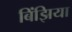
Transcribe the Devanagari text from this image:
बिंझिया